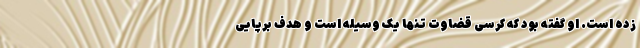
زده است. او گفته بود که کرسی قضاوت تنها یک وسیله است و هدف برپایی